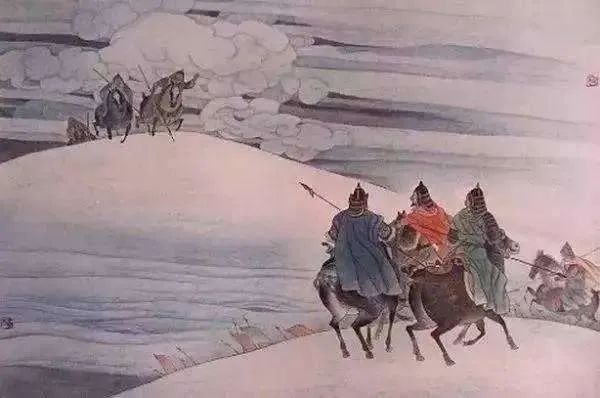
战士军前半死生，美人帐下犹歌舞。